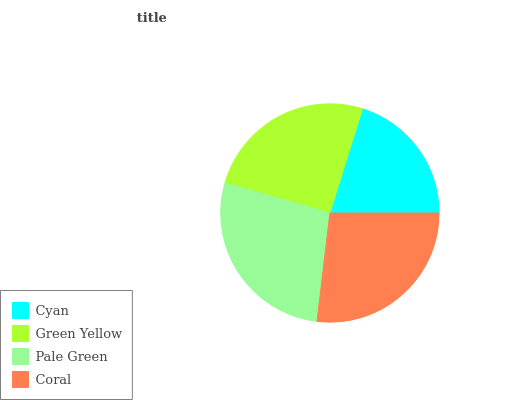
| Cyan | Green Yellow | Pale Green | Coral |
 | --- | --- | --- | --- |
 | 20.2% | 25.3% | 27.5% | 26.9% |